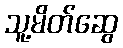
သူ့မိတ်ဆွေ